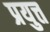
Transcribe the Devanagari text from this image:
प्रयुत्त